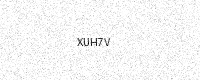
Text: XUH7V